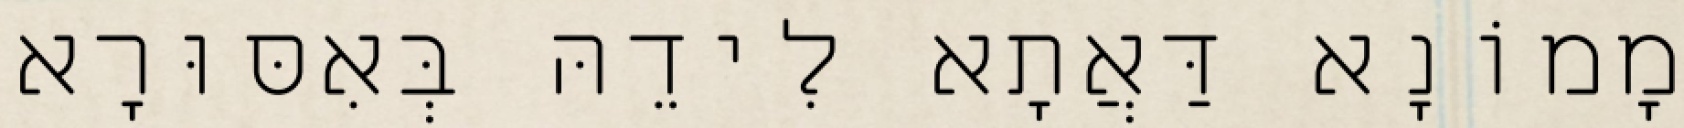
מָמוֹנָא דַּאֲתָא לִידֵהּ בְּאִסּוּרָא